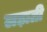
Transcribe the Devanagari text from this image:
लड़ाती